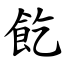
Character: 䬣